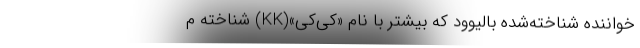
خواننده شناخته‌شده بالیوود که بیشتر با نام «کِی‌کِی»(KK) شناخته م